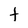
Character: t